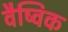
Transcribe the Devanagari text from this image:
वैष्विक